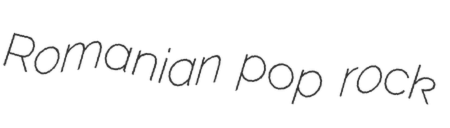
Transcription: Romanian pop rock